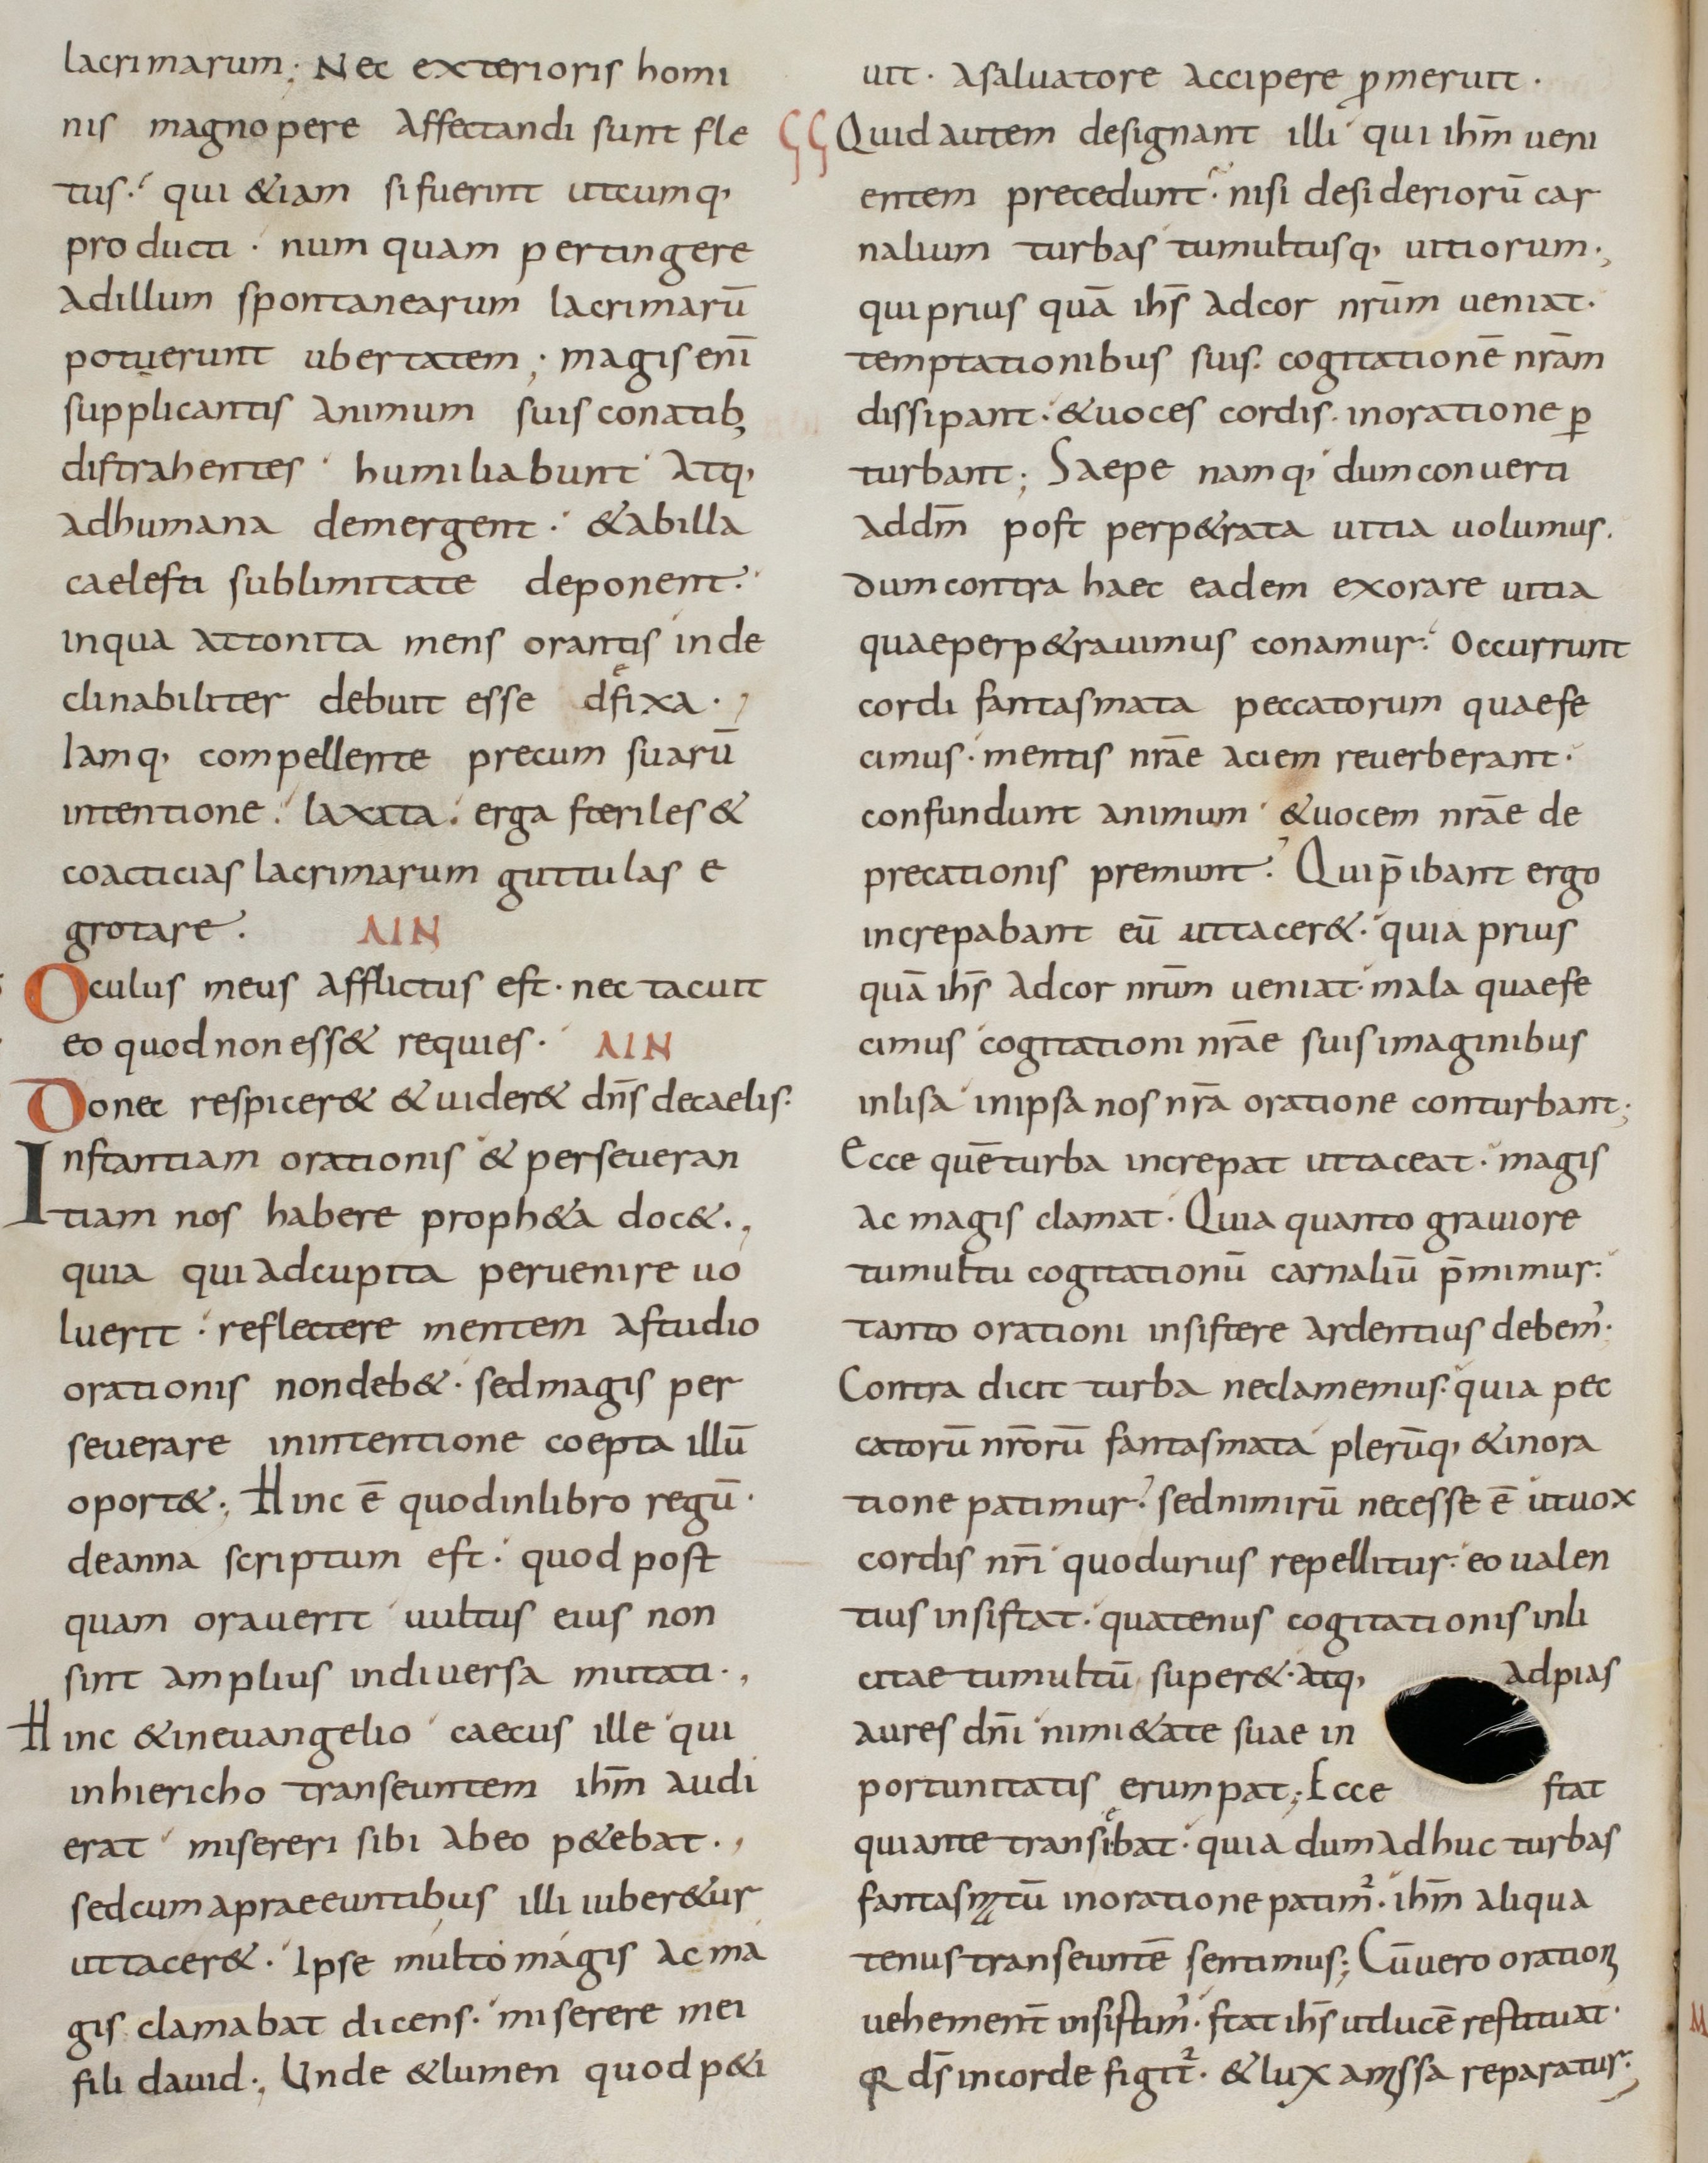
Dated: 800–899